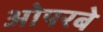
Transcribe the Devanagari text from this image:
ओपरबे